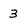
Character: 3